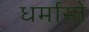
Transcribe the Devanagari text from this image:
धर्मास्ते